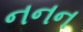
નનન